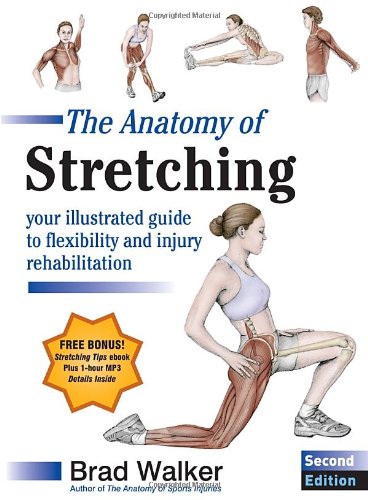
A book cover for The Anatomy of Stretching, Second Edition: Your Illustrated Guide to Flexibility and Injury Rehabilitation; Brad Walker; Sports & Outdoors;